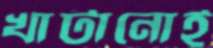
খাটানোই